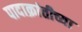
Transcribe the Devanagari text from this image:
पादाक्रांतीच्या